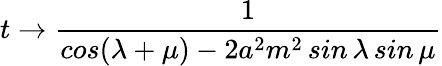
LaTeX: t\to\frac{1}{cos(\lambda+\mu)-2a^{2}m^{2}\, sin\, \lambda\, sin\, \mu}